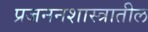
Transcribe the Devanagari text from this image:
प्रजननशास्त्रातील